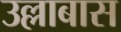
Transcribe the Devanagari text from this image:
उल्लाबास